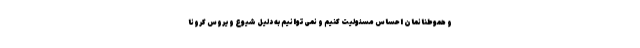
و هموطنانمان احساس مسئولیت کنیم و نمی‌توانیم به دلیل شیوع ویروس کرونا